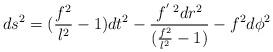
LaTeX: \begin{align*}ds^2 = (\frac{f^2}{l^2} - 1) dt^2 -\frac{f^{'\;2} dr^2}{(\frac{f^2}{l^2} - 1)} - f^2 d\phi^2\end{align*}